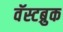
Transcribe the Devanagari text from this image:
वॅस्टब्रुक